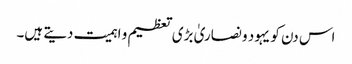
اس دن کو یہود و نصاریٰ بڑی تعظیم و اہمیت دیتے ہیں۔